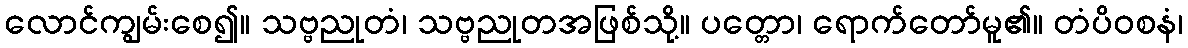
လောင်ကျွမ်းစေ၍။ သဗ္ဗညုတံ၊ သဗ္ဗညုတအဖြစ်သို့။ ပတ္တော၊ ရောက်တော်မူ၏။ တံပိဝစနံ၊